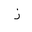
Letter: _thal